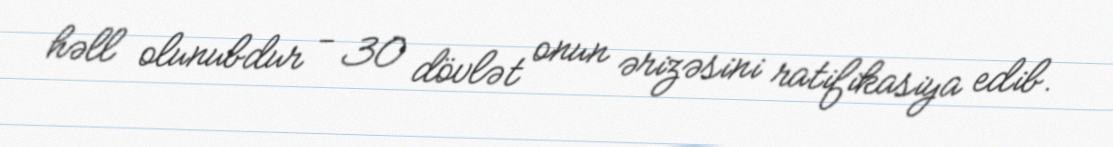
həll olunubdur - 30 dövlət onun ərizəsini ratifikasiya edib.